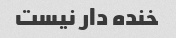
خنده دار نیست